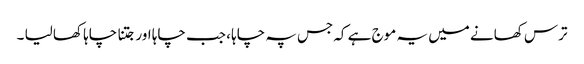
ترس کھانے میں یہ موج ہے کہ جس پہ چاہا ، جب چاہا اور جتنا چاہا کھا لیا ۔